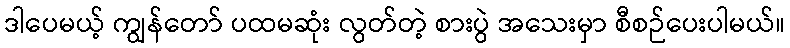
ဒါပေမယ့် ကျွန်တော် ပထမဆုံး လွတ်တဲ့ စားပွဲ အသေးမှာ စီစဉ်ပေးပါမယ်။